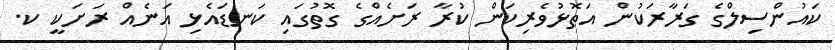
ކައުންސިލްގެ ގަރާރަކުން އަތޮޅުވެރިކަން ކުރާ ރަށެއްގެ ގޮތުގައި ކަނޑައެޅި އަނެއް ރަށަކީ ކ.